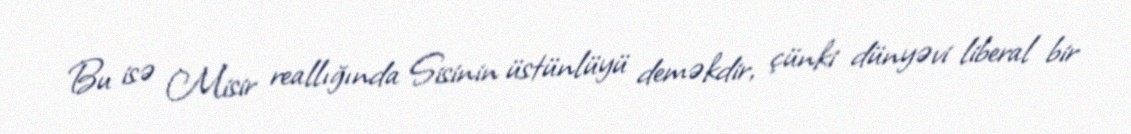
Bu isə Misir reallığında Sisinin üstünlüyü deməkdir, çünki dünyəvi liberal bir